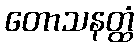
တောသနတ္ထံ